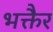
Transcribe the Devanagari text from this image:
भक्तैर